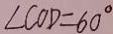
\angle C O D = 6 0 ^ { \circ }